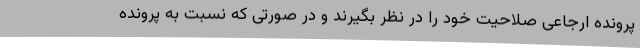
پرونده ارجاعی صلاحیت خود را در نظر بگیرند و در صورتی که نسبت به پرونده